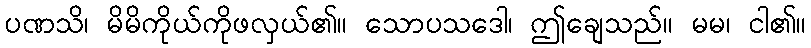
ပဏသိ၊ မိမိကိုယ်ကိုဖလှယ်၏။ သောပသဒေါ၊ ဤချေသည်။ မမ၊ ငါ၏။